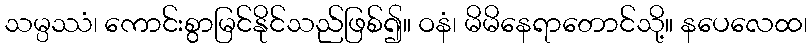
သမ္ပဿံ၊ ကောင်းစွာမြင်နိုင်သည်ဖြစ်၍။ ဝနံ၊ မိမိနေရာတောင်သို့။ နပေလေထ၊